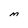
Character: M